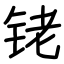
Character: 铑